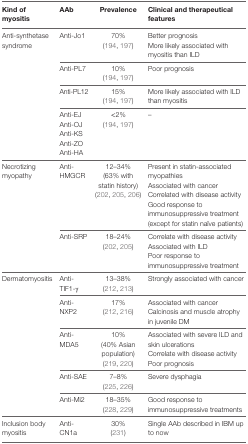
<table><thead><tr><td><b>Kind of myositis</b></td><td><b>AAb</b></td><td><b>Prevalence</b></td><td><b>Clinical and therapeutical features</b></td></tr></thead><tbody><tr><td rowspan="7">Anti-synthetase syndrome</td><td>Anti-Jo1</td><td>70% (194, 197)</td><td>Better prognosisMore likely associated with myositis than ILD</td></tr><tr><td>Anti-PL7</td><td>10% (194, 197)</td><td>Poor prognosis</td></tr><tr><td>Anti-PL12</td><td>15% (194, 197)</td><td>More likely associated with ILD than myositis</td></tr><tr><td>Anti-EJAnti-OJAnti-KSAnti-ZOAnti-HA</td><td>&lt;2% (194, 197)</td><td>–</td></tr><tr><td rowspan="3">Necrotizing myopathy</td><td>Anti-HMGCR</td><td>12–34% (63% with statin history) (202, 205, 206)</td><td>Present in statin-associated myopathiesAssociated with cancerCorrelated with disease activityGood response to immunosuppressive treatment (except for statin naïve patients)</td></tr><tr><td>Anti-SRP</td><td>18–24% (202, 205)</td><td>Correlate with disease activityAssociated with ILDPoor response to immunosuppressive treatment</td></tr><tr><td rowspan="9">Dermatomyositis</td><td>Anti-TIF1-γ</td><td>13–38% (212, 213)</td><td>Strongly associated with cancer</td></tr><tr><td>Anti-NXP2</td><td>17% (212, 216)</td><td>Associated with cancerCalcinosis and muscle atrophy in juvenile DM</td></tr><tr><td>Anti-MDA5</td><td>10% (40% Asian population) (219, 220)</td><td>Associated with severe ILD and skin ulcerationsCorrelate with disease activityPoor prognosis</td></tr><tr><td>Anti-SAE</td><td>7–8% (225, 226)</td><td>Severe dysphagia</td></tr><tr><td>Anti-Mi2</td><td>18–35% (228, 229)</td><td>Good response to immunosuppressive treatments</td></tr><tr><td>Inclusion body myositis</td><td>Anti-CN1a</td><td>30% (231)</td><td>Single AAb described in IBM up to now</td></tr></tbody></table>